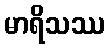
မာရိသဿ